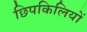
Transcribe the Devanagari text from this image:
छिपकिलियों